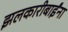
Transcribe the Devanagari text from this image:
झलकारीबाईंना